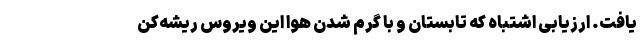
یافت. ارزیابی اشتباه که تابستان و با گرم شدن هوا این ویروس ریشه‌کن